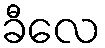
ခီလေ